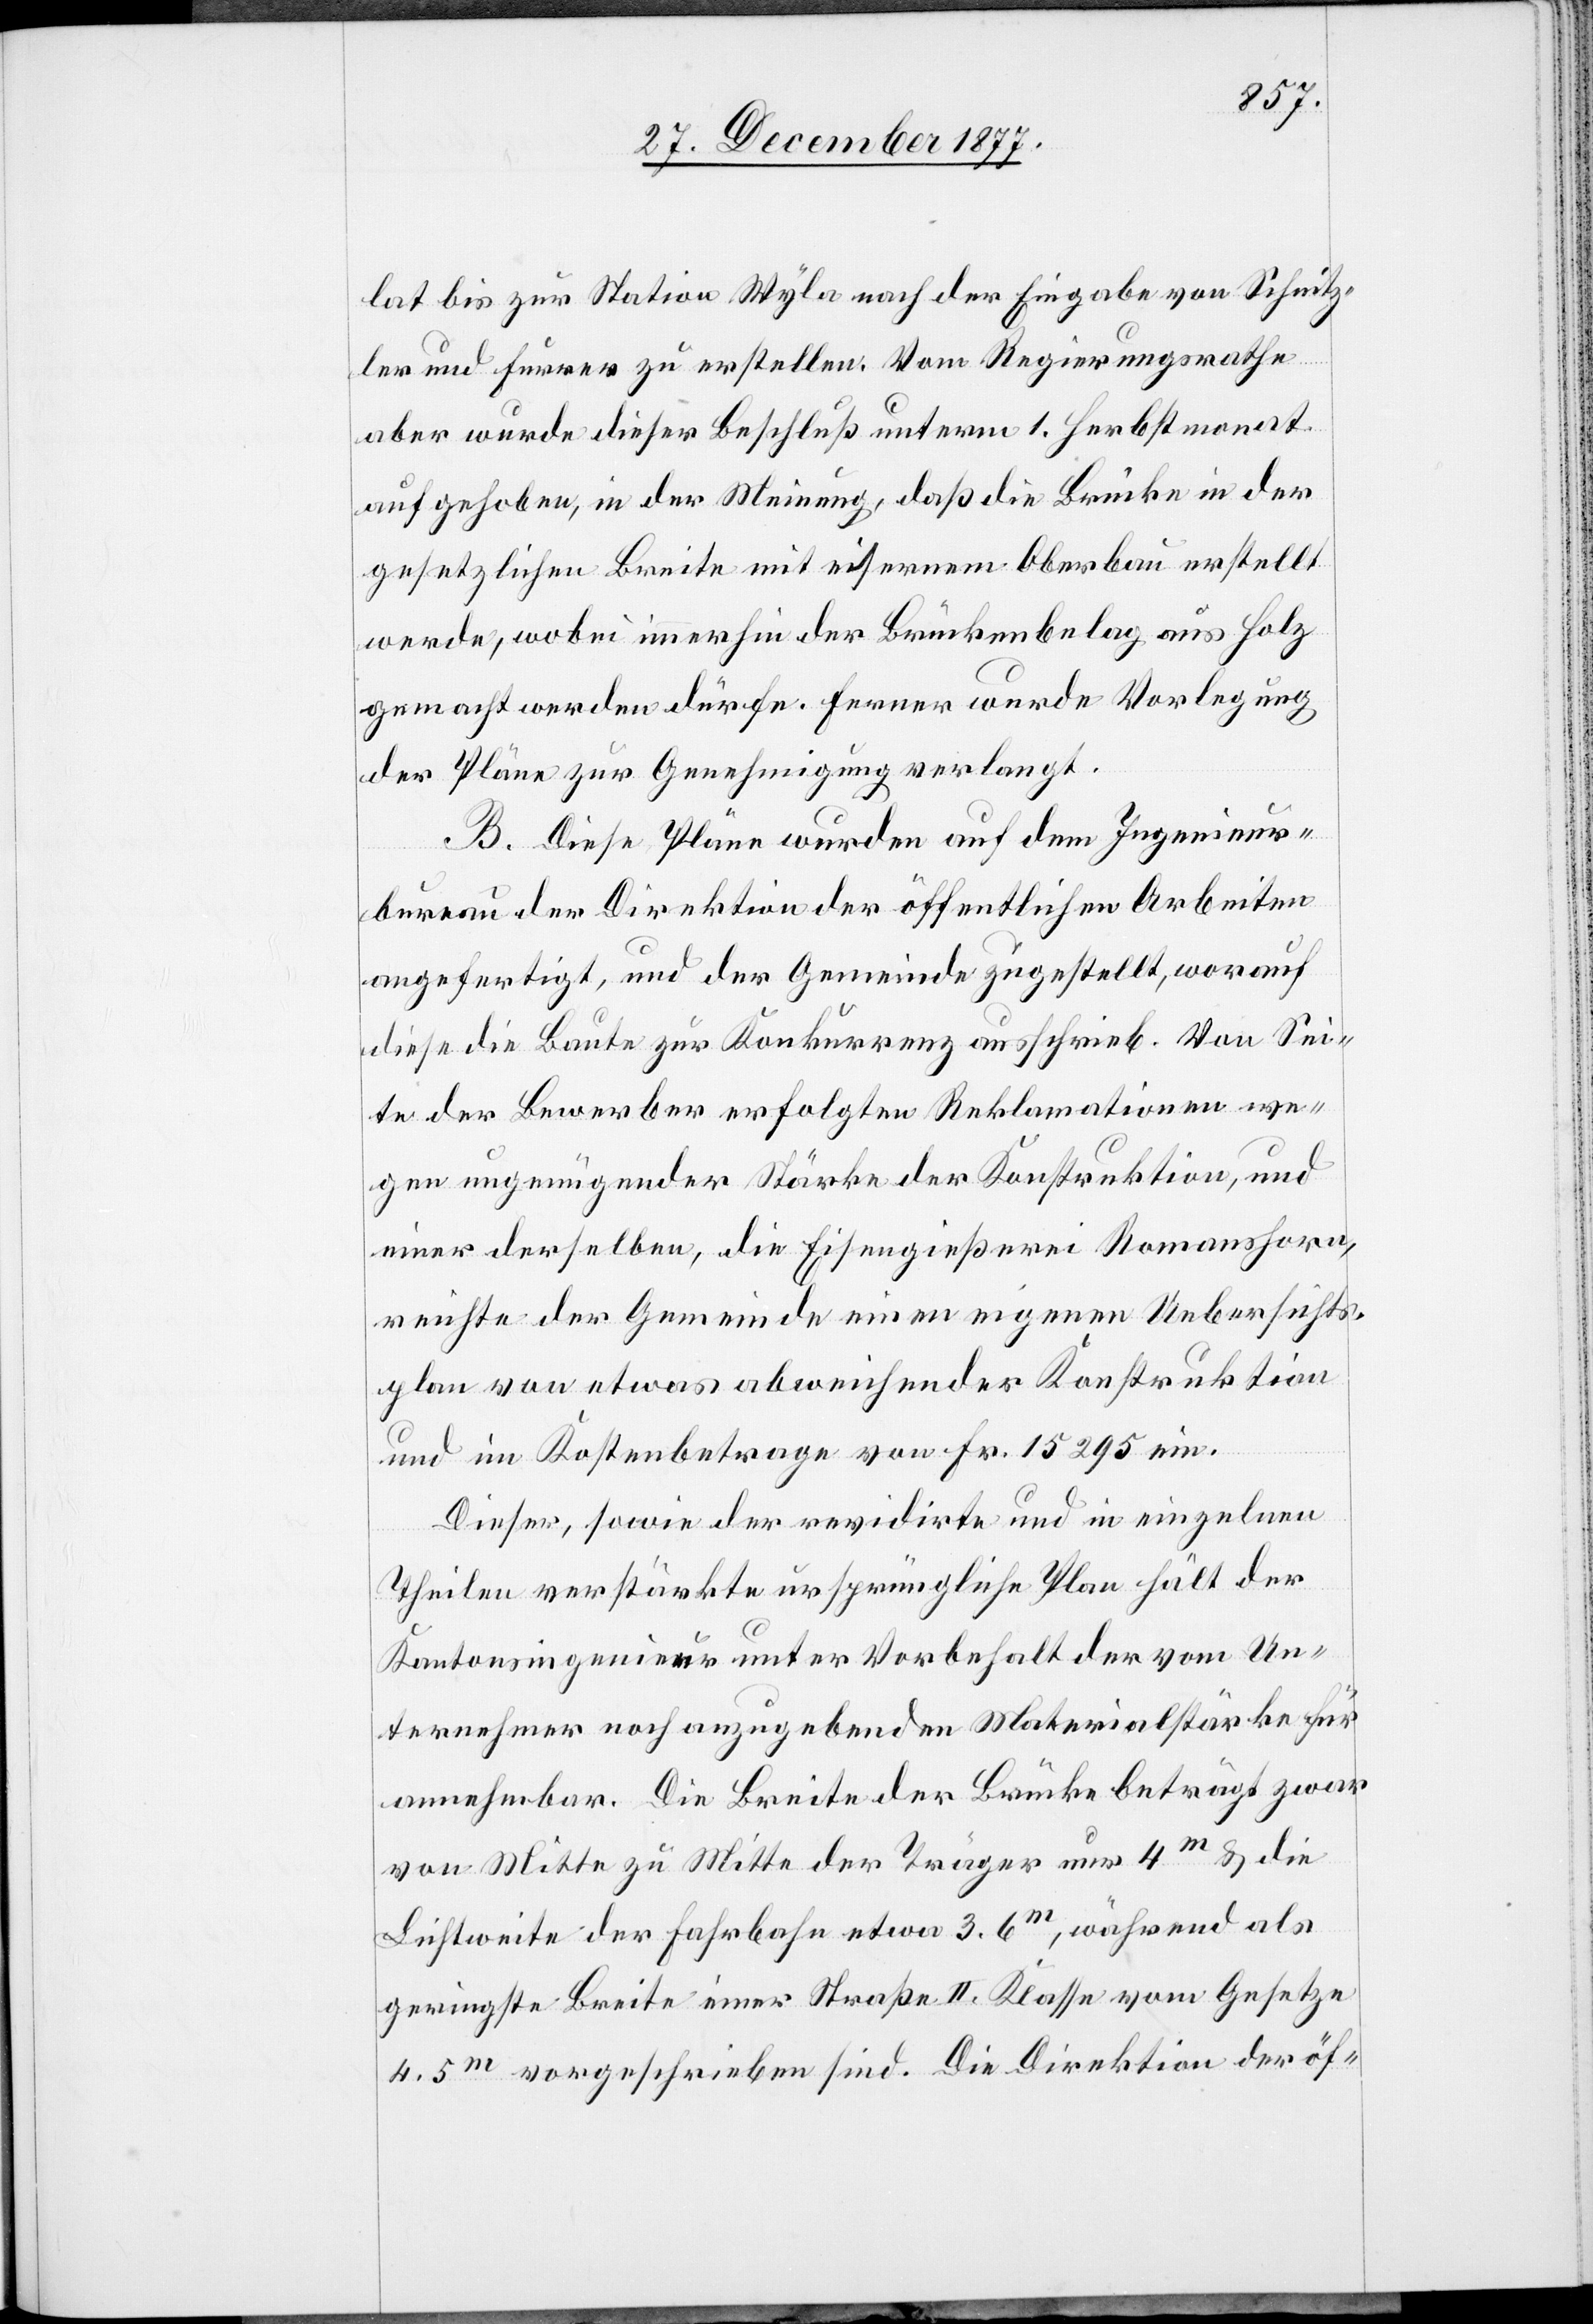
lat bis zur Station Wyla nach der Eingabe von Schnitz¬
ler und Furrer zu erstellen. Vom Regierungsrathe
aber wurde dieser Beschluß unterm 1. Herbstmonat
aufgehoben, in der Meinung, daß die Brücke in der
gesetzlichen Breite mit eisernem Oberbau erstellt
werde, wobei immerhin der Brückenbelag aus Holz
gemacht werden dürfe. Ferner wurde Vorlegung
der Pläne zur Genehmigung verlangt.
B. Diese Pläne wurden auf dem Ingenieur¬
bureau der Direktion der öffentlichen Arbeiten
angefertigt, und der Gemeinde zugestellt, worauf
diese die Baute zur Konkurrenz ausschrieb. Von Sei¬
te der Bewerber erfolgten Reklamationen we¬
gen ungenügender Stärke der Konstruktion, und
einer derselben, die Eisengießerei Romanshorn,
reichte der Gemeinde einen eigenen Uebersichts¬
plan von etwas abweichender Konstruktion
und im Kostenbetrage von Fr. 15 295 ein.
Dieser, sowie der revidirte und in einzelnen
Theilen verstärkte ursprüngliche Plan hält der
Kantonsingenieur unter Vorbehalt der vom Un¬
ternehmer noch anzugebenden Materialstärke für
annehmbar. Die Breite der Brücke beträgt zwar
von Mitte zu Mitte der Träger nur 4m & die
Lichtweite der Fahrbahn etwa 3.6m, während als
geringste Breite einer Straße II. Klasse vom Gesetze
4.5m vorgeschrieben sind. Die Direktion der öf-